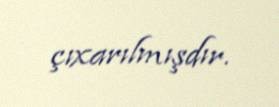
çıxarılmışdır.